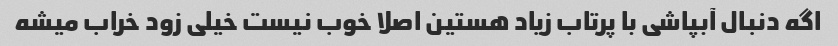
اگه دنبال آبپاشی با پرتاب زیاد هستین اصلا خوب نیست خیلی زود خراب میشه